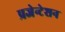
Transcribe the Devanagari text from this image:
प्रजेन्टेशन